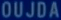
OUJDA